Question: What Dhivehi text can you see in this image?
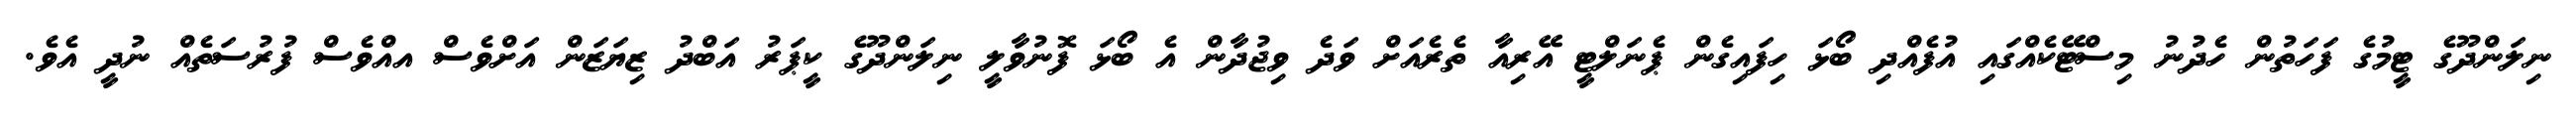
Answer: ނިލަންދޫގެ ޓީމުގެ ފަހަތުން ހެދުނު މިސްޓޭކެއްގައި އުފެއްދި ބޯޅަ ހިފައިގެން ޕެނަލްޓީ އޭރިއާ ތެރެއަށް ވަދެ ވިޖުދާން އެ ބޯޅަ ފޮނުވާލީ ނިލަންދޫގެ ކީޕަރު އަބްދު ޒިޔަޒަން އަށްވެސް އއްވެސް ފުރުސަތެއް ނުދީ އެވެ.